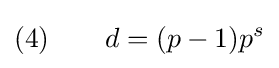
(4)\qquad d=(p-1)p^{s}